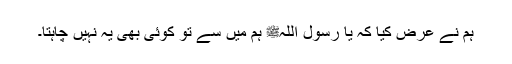
ہم نے عرض کیا کہ یا رسول اللہﷺ ہم میں سے تو کوئی بھی یہ نہیں چاہتا۔